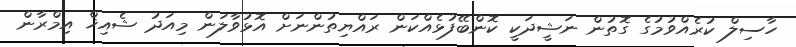
ހާސިލް ކުރެއްވުމުގެ ގޮތުން ނަޝީދަކީ ކޮންބޭފުޅެއްކަން ރައްޔިތުންނަށް އޮޅުވާލަން މިއަދު ޝެއިޚް އިމްރާން